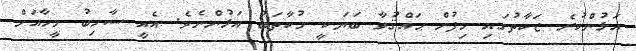
އަޅުންކުރެ ޒަކާތުގައި ހިފުން ޙައްޤުވާ ބަޔަކީ މުކާތަބު އަޅުންނެވެ. އެއީ ސާހިބު މީހާއަށް